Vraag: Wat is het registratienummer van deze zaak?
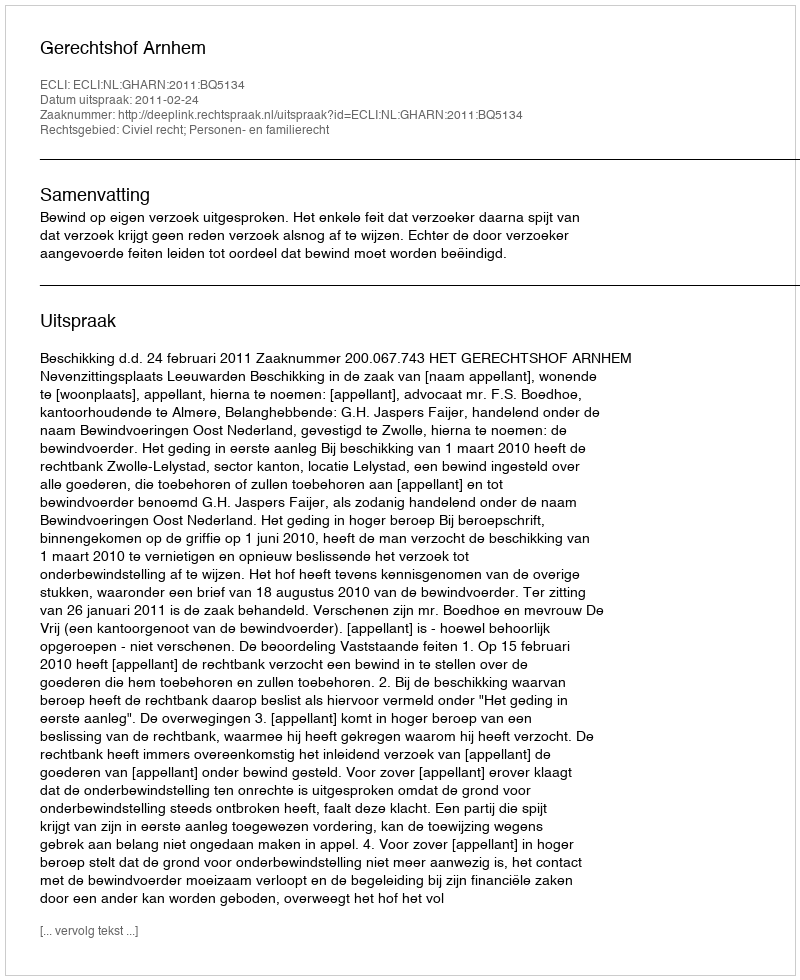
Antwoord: http://deeplink.rechtspraak.nl/uitspraak?id=ECLI:NL:GHARN:2011:BQ5134